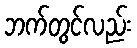
ဘက်တွင်လည်း